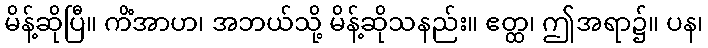
မိန့်ဆိုပြီ။ ကိံအာဟ၊ အဘယ်သို့ မိန့်ဆိုသနည်း။ ဧတ္ထ၊ ဤအရာ၌။ ပန၊